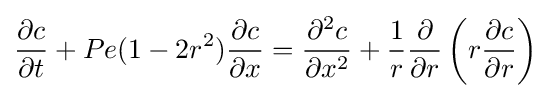
{\frac {\partial c}{\partial t}}+Pe(1-2r^{2}){\frac {\partial c}{\partial x}}={\frac {\partial ^{2}c}{\partial x^{2}}}+{\frac {1}{r}}{\frac {\partial }{\partial r}}\left(r{\frac {\partial c}{\partial r}}\right)